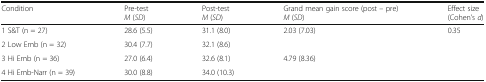
| Condition | Pre-testM (SD) | Post-testM (SD) | Grand mean gain score (post – pre)M (SD) | Effect size(Cohen’s d) |
 | --- | --- | --- | --- | --- |
 | 1 S&T (n = 27) | 28.6 (5.5) | 31.1 (8.0) | <ROWSPAN=2> 2.03 (7.03) | <ROWSPAN=4> 0.35 |
 | 2 Low Emb (n = 32) | 30.4 (7.7) | 32.1 (8.6) |
 | 3 Hi Emb (n = 36) | 27.0 (6.4) | 32.6 (8.1) | <ROWSPAN=2> 4.79 (8.36) |
 | 4 Hi Emb-Narr (n = 39) | 30.0 (8.8) | 34.0 (10.3) |